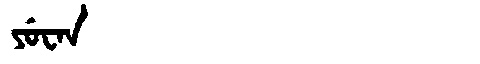
Manchu: ᠶᡠᠸᠠᠨ
Romanization: YUWAN